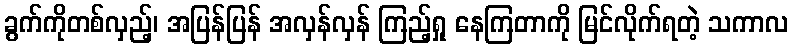
ခွက်ကိုတစ်လှည့်၊ အပြန်ပြန် အလှန်လှန် ကြည့်ရှု နေကြတာကို မြင်လိုက်ရတဲ့ သကာလ